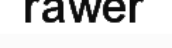
rawer